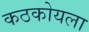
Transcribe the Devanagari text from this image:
कठकोयला